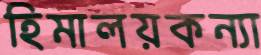
হিমালয়কন্যা